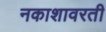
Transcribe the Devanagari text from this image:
नकाशावरती